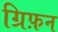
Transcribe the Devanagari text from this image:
ग्रिफ़न